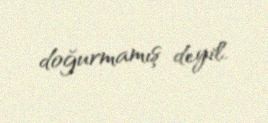
doğurmamış deyil.